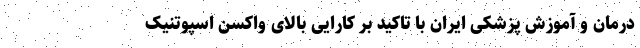
درمان و آموزش پزشکی ایران با تاکید بر کارایی بالای واکسن اسپوتنیک